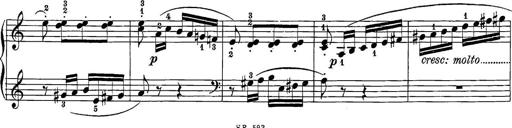
Title: 12 Sonatine per Pianoforte
Composer: Friedrich Kuhlau